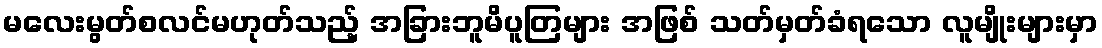
မလေးမွတ်စလင်မဟုတ်သည့် အခြားဘူမိပူတြများ အဖြစ် သတ်မှတ်ခံရသော လူမျိုးများမှာ